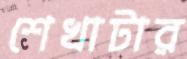
শেখাটার